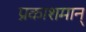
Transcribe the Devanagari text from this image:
प्रकाशमान्